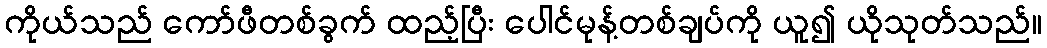
ကိုယ်သည် ကော်ဖီတစ်ခွက် ထည့်ပြီး ပေါင်မုန့်တစ်ချပ်ကို ယူ၍ ယိုသုတ်သည်။